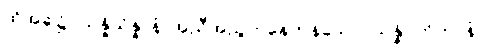
ထိုအခါ၌။ သန္နိသိန္နာနံ၊ အညီအညွတ်နေကုန်သော။ သန္နိပတိတာနံ၊